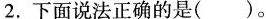
2.下面说法正确的是( )。